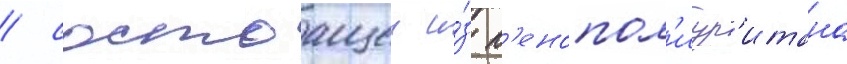
/ состоащеи и́з п'енопол'иур'итана